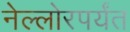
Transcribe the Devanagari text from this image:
नेल्लोरपर्यंत